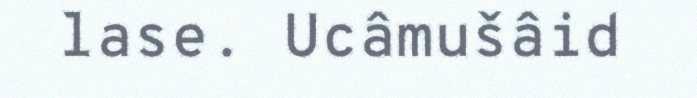
lase. Ucâmušâid